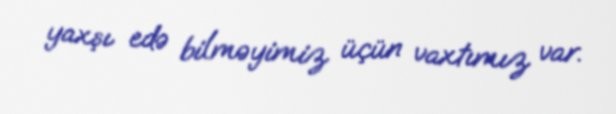
yaxşı edə bilməyimiz üçün vaxtımız var.